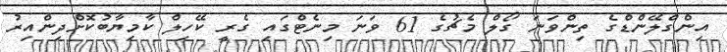
އިންގްލޭންޑްގެ ތިންވަނަ ގޯލް މެޗުގެ 61 ވަނަ މިނެޓްގައި ގެރީ ކޭހިލް ކާމިޔާބުކޮށްދިންއިރު